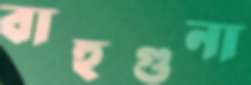
বাহুগুনা